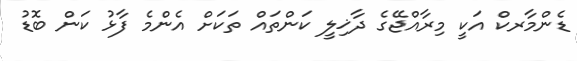
ޑެންމާރކް އަކީ މިރާއްޖޭގެ ދާޚިލީ ކަންތައް ތަކަށް އެންމެ ފާޅު ކަން ބޮޑު